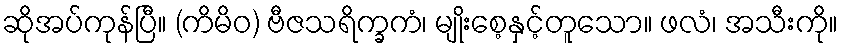
ဆိုအပ်ကုန်ပြီ။ (ကိမိဝ) ဗီဇသရိက္ခကံ၊ မျိုးစေ့နှင့်တူသော။ ဖလံ၊ အသီးကို။